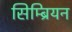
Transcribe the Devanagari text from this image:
सिम्ब्रियन